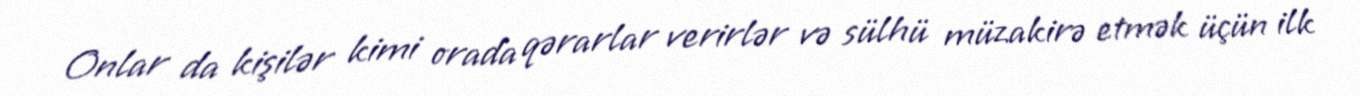
Onlar da kişilər kimi orada qərarlar verirlər və sülhü müzakirə etmək üçün ilk